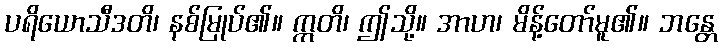
ပရိယောသီဒတိ၊ နစ်မြုပ်၏။ ဣတိ၊ ဤသို့။ အာဟ၊ မိန့်တော်မူ၏။ ဘန္တေ